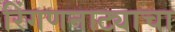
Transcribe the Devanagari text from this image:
रिंगणनाट्याचा